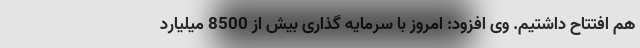
هم افتتاح داشتیم. وی افزود: امروز با سرمایه گذاری بیش از 8500 میلیارد